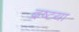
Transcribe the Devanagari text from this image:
द्रष्टया